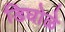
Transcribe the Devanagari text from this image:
डिघोळे